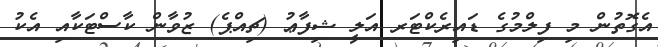
އެގޮތުން މި ފިލްމުގެ ޑައިރެކްޓަރ އަލީ ޝިފާޢު (ޗިއްޕެ) ޒުވާން ކާސްޓަކާއި އެކު